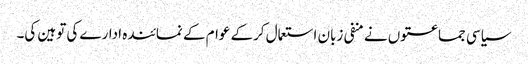
سیاسی جماعتوں نے منفی زبان استعمال کرکے عوام کے نمائندہ ادارے کی توہین کی۔